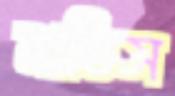
মাতিস